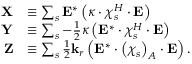
\begin{array} { r l } { \mathbf { X } } & { \equiv \sum _ { s } \mathbf { E } ^ { * } \left( \boldsymbol { \kappa } \cdot \boldsymbol { \chi } _ { s } ^ { H } \cdot \mathbf { E } \right) } \\ { \mathbf { Y } } & { \equiv \sum _ { s } - \frac { 1 } { 2 } \boldsymbol { \kappa } \left( \mathbf { E } ^ { * } \cdot \boldsymbol { \chi } _ { s } ^ { H } \cdot \mathbf { E } \right) } \\ { \mathbf { Z } } & { \equiv \sum _ { s } \frac { 1 } { 2 } \mathbf { k } _ { r } \left( \mathbf { E } ^ { * } \cdot \left( \boldsymbol { \chi } _ { s } \right) _ { A } \cdot \mathbf { E } \right) . } \end{array}